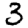
Digit: 3